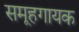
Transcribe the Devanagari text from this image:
समूहगायक